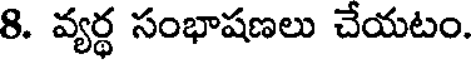
8. వ్యర్థ సంభాషణలు చేయటం.